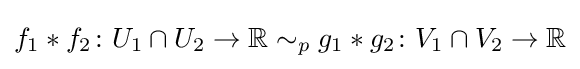
f_{1}*f_{2}\colon U_{1}\cap U_{2}\to \mathbb {R} \sim _{p}g_{1}*g_{2}\colon V_{1}\cap V_{2}\to \mathbb {R}